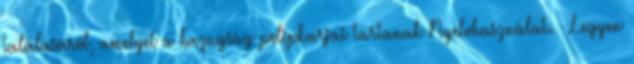
találásáról, amelyet a hazugság polipkarjai tartanak Nyelvhasználat. - Legyen